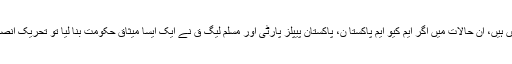
چوہدری برداران ایک نئے سیٹ اپ کے لئے اس وقت مضبوط پوزیشن میں ہیں، ان حالات میں اگر ایم کیو ایم پاکستا ن، پاکستان پیپلز پارٹی اور مسلم لیگ ق نے ایک ایسا میثاق حکومت بنا لیا تو تحریک انصاف کے لئے پنجاب سمیت وفاق میں حکومت میں رہنا ناممکن ہوجائے گا۔